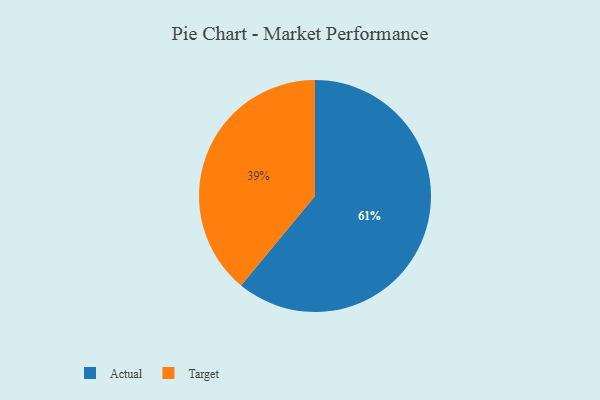
{"axis": {"x": "Category", "y": "Percentage"}, "legend": ["Actual", "Target"], "data": [{"x": "Actual", "y": 61, "type": "Actual"}, {"x": "Target", "y": 39, "type": "Target"}]}